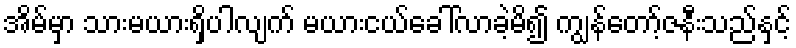
အိမ်မှာ သားမယားရှိပါလျက် မယားငယ်ခေါ်လာခဲ့မိ၍ ကျွန်တော့်ဇနီးသည်နှင့်